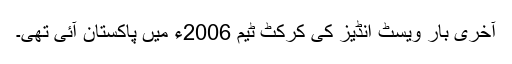
آخری بار ویسٹ انڈیز کی کرکٹ ٹیم 2006ء میں پاکستان آئی تھی۔